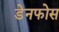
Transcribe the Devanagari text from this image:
डेनफोस